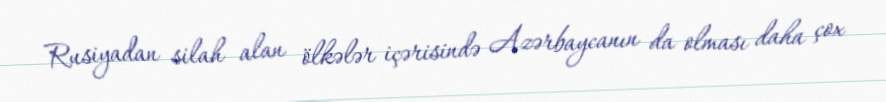
Rusiyadan silah alan ölkələr içərisində Azərbaycanın da olması daha çox